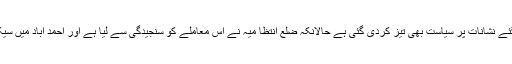
دریں اثنا مسلمانوں کے گھروں پر لگائے گئے نشانات پر سیاست بھی تیز کردی گئی ہے حالانکہ ضلع انتظا میہ نے اس معاملے کو سنجیدگی سے لیا ہے اور احمد آباد میں سیکورٹی کے سخت انتظامات کئے گئے ہیں ۔